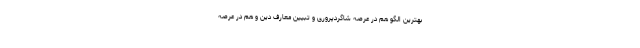
بهترین الگو هم در عرصه شاگردپروری و تبیین معارف دین و هم در عرصه